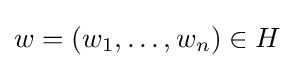
w=\left(w_{1},\ldots ,w_{n}\right)\in H